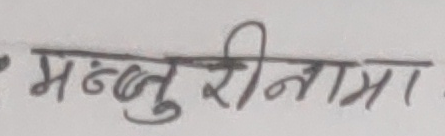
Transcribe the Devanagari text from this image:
मन्जुरीनामा